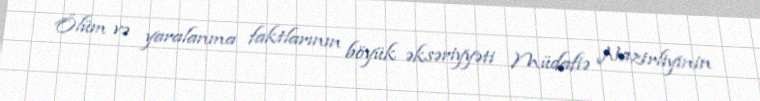
Ölüm və yaralanma faktlarının böyük əksəriyyəti Müdafiə Nazirliyinin